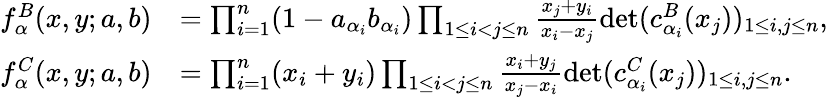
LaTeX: \begin{array}{rl}{f_{\alpha}^{B}(x,y;a,b)}&{=\prod_{i=1}^{n}(1-a_{\alpha_{i}}b_{\alpha_{i}})\prod_{1\leq i<j\leq n}\frac{x_{j}+y_{i}}{x_{i}-x_{j}}\operatorname*{det}(c_{\alpha_{i}}^{B}(x_{j}))_{1\leq i,j\leq n},}\\ {f_{\alpha}^{C}(x,y;a,b)}&{=\prod_{i=1}^{n}(x_{i}+y_{i})\prod_{1\leq i<j\leq n}\frac{x_{i}+y_{j}}{x_{j}-x_{i}}\operatorname*{det}(c_{\alpha_{i}}^{C}(x_{j}))_{1\leq i,j\leq n}.}\end{array}